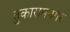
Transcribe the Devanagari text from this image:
तुकारामनगर